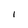
Character: l